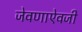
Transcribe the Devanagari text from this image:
जेवणाऐवजी